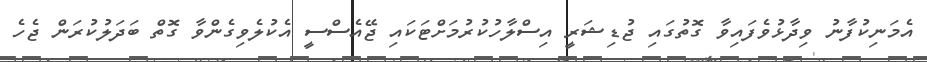
އެމަނިކުފާނު ވިދާޅުވެފައިވާ ގޮތުގައި ޖުޑިޝަރީ އިސްލާހުކުރުމަށްޓަކައި ޖޭއެސްސީ އެކުލެވިގެންވާ ގޮތް ބަދަލުކުރަން ޖެހެ